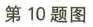
第10题图